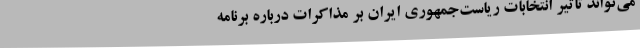
می‌تواند تاثیر انتخابات ریاست‌جمهوری ایران بر مذاکرات درباره برنامه